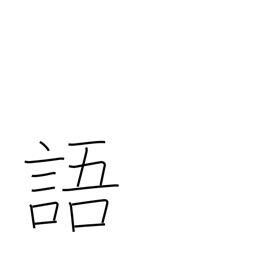
Meaning: speech